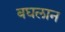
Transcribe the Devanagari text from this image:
बघलान